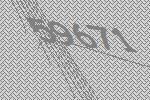
59671